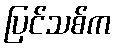
ပြင်သစ်က